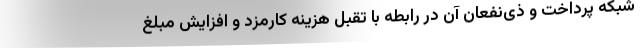
شبکه پرداخت و ذی‌نفعان آن در رابطه با تقبل هزینه کارمزد و افزایش مبلغ